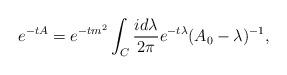
LaTeX: \begin{align*}e^{-tA}=e^{-tm^2}\int_C\frac{id\lambda}{2\pi}e^{-t\lambda}(A_0-\lambda)^{-1},\end{align*}